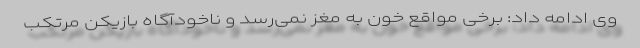
وی ادامه داد: برخی مواقع خون به مغز نمی‌‌رسد و ناخودآگاه بازیکن مرتکب